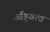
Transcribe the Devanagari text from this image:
औडुवत्व